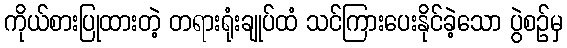
ကိုယ်စားပြုထားတဲ့ တရားရုံးချုပ်ထံ သင်ကြားပေးနိုင်ခဲ့သော ပွဲစဉ်မှ